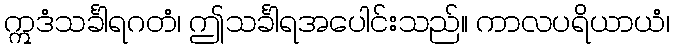
ဣဒံသင်္ခါရဂတံ၊ ဤသင်္ခါရအပေါင်းသည်။ ကာလပရိယာယံ၊